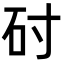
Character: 𬑺